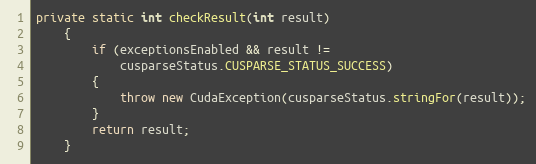
Language: Java
private static int checkResult(int result)
    {
        if (exceptionsEnabled && result !=
            cusparseStatus.CUSPARSE_STATUS_SUCCESS)
        {
            throw new CudaException(cusparseStatus.stringFor(result));
        }
        return result;
    }